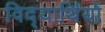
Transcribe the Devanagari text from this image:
विद्‍यार्थियों